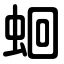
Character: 蛔